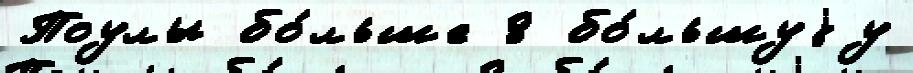
Поулы бо́льше 8 бо́льшуjу